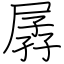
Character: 孱